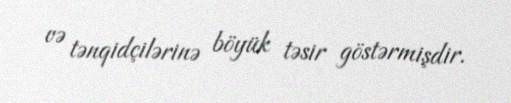
və tənqidçilərinə böyük təsir göstərmişdir.